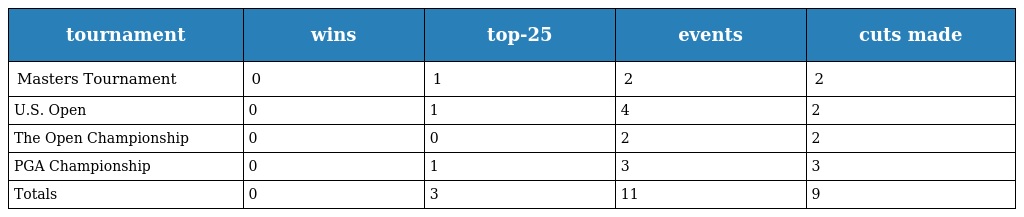
| tournament | wins | top-25 | events | cuts made |
 | --- | --- | --- | --- | --- |
 | Masters Tournament | 0 | 1 | 2 | 2 |
 | U.S. Open | 0 | 1 | 4 | 2 |
 | The Open Championship | 0 | 0 | 2 | 2 |
 | PGA Championship | 0 | 1 | 3 | 3 |
 | Totals | 0 | 3 | 11 | 9 |